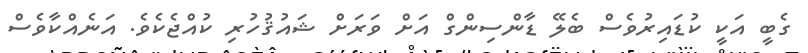
ގެބީ އަކީ ކުޑައިރުވެސް ބެލޭ ޑާންސިންގް އަށް ވަރަށް ޝައުޤުހުރި ކުއްޖެކެވެ. އަނެއްކާވެސް